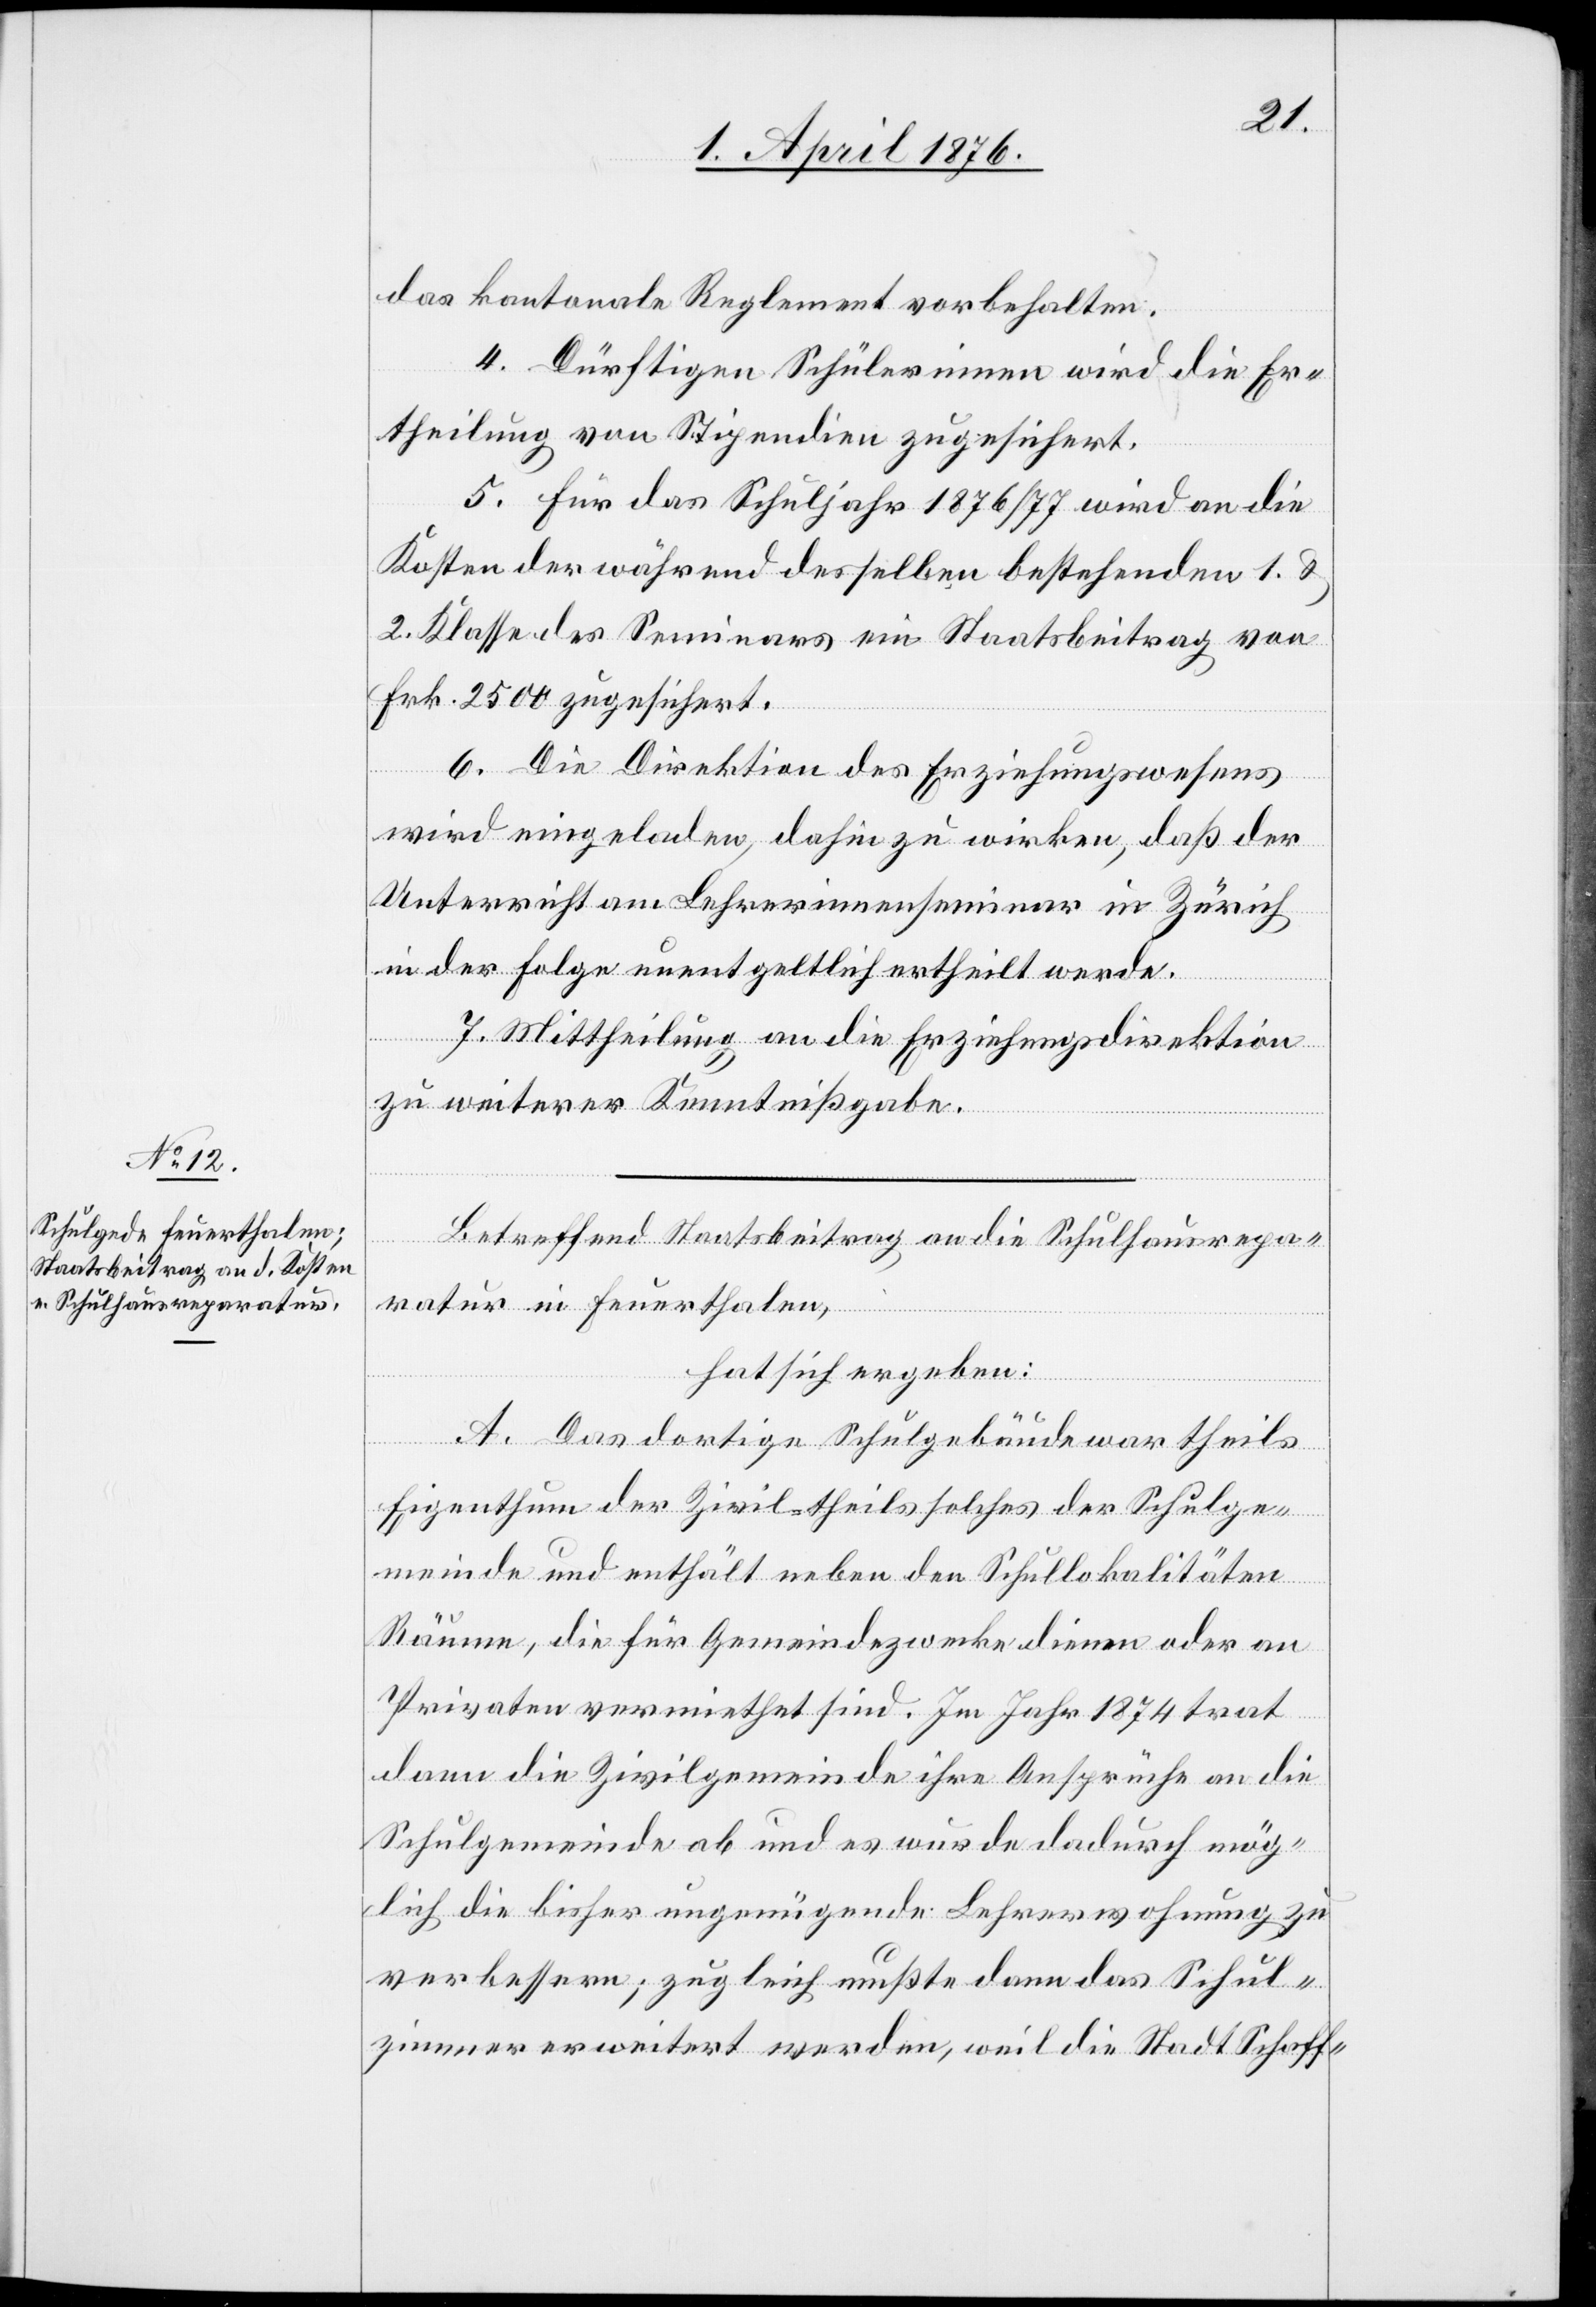
das kantonale Reglement vorbehalten.
4. Dürftigen Schülerinnen wird die Er¬
theilung von Stipendien zugesichert.
5. Für das Schuljahr 1876/77 wird an die
Kosten der während desselben bestehenden 1. &
2. Klasse des Seminars ein Staatsbeitrag von
Frk. 2500 zugesichert.
6. Die Direktion des Erziehungswesens
wir eingeladen, dahin zu wirken, daß der
Unterricht am Lehrerinnenseminar in Zürich
in der Folge unentgeltlich ertheilt werde.
7. Mittheilung an die Erziehungsdirektion
zu weiterer Kenntnißgabe.
Betreffend Staatsbeitrag an die Schulhausrepa¬
ratur in Feuerthalen,
hat sich ergeben:
A. Das dortige Schulgebäude war theils
Eigenthum der Zivil- theils solches der Schulge¬
meinde und enthält neben den Schullokalitäten
Räume, die für Gemeindezwecke dienen oder an
Privaten vermiethet sind. Im Jahr 1874 trat
dann die Zivilgemeinde ihre Ansprüche an die
Schulgemeinde ab und es wurde dadurch mög¬
lich die bisher ungenügende Lehrerwohnung zu
verbessern; zugleich mußte dann das Schul¬
zimmer erweitert werden, weil die Stadt Schaff-